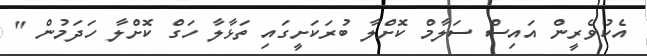
އެކުވެރީން އައިސް ސަލާމް ކޮށްލާ ބުރަކަށީގައި ތަޅާލާ ހަގް ކޮށްލާ ހަދަމުން "